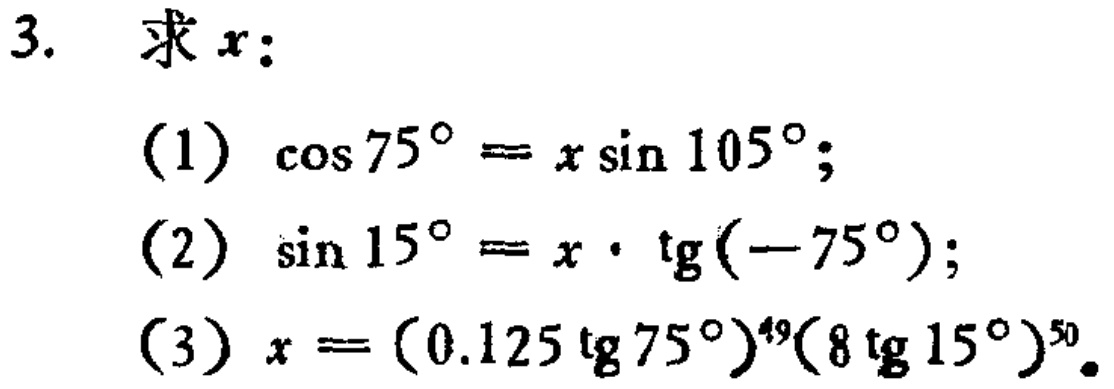
3. 求\(x\)：

(1) \(\cos 75^{\circ}=x\sin 105^{\circ}\)；

(2) \(\sin 15^{\circ}=x\cdot\mathrm{tg}(-75^{\circ})\)；

(3) \(x=(0.125\mathrm{tg}75^{\circ})^{49}(8\mathrm{tg}15^{\circ})^{50}\)。